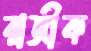
রাজীক